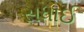
સધાઈ